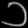
Digit: ၁